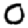
Digit: 0